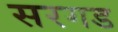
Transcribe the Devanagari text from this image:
सरगड